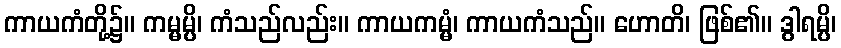
ကာယကံတို့၌။ ကမ္မမ္ပိ၊ ကံသည်လည်း။ ကာယကမ္မံ၊ ကာယကံသည်။ ဟောတိ၊ ဖြစ်၏။ ဒွါရမ္ပိ၊